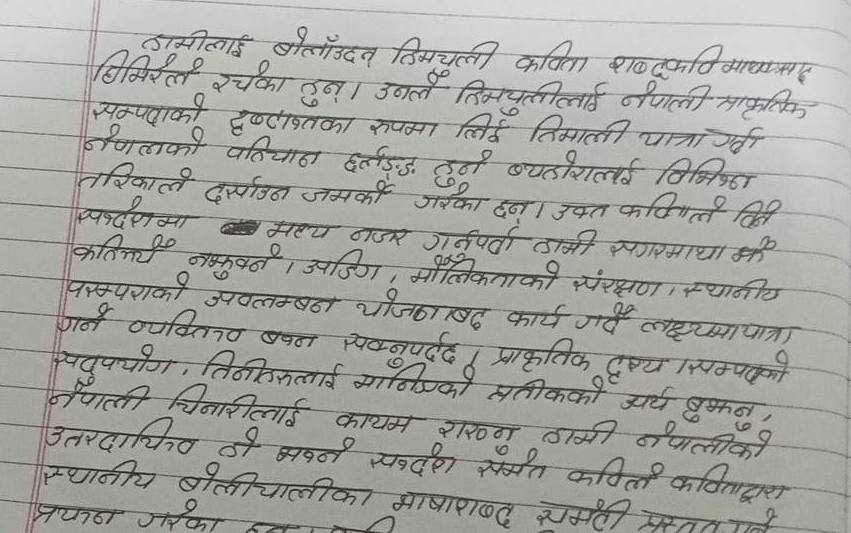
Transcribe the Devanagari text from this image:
हामीलाई बोलाउँदन हिमचुली कविता शक्दुत्ति माथ्यसाह
घिमिरेले रचेका हुन् । उनले हिमचुलीलाई नेपाली प्राकृतिक
सम्पदाको दृष्टिकोणका रूपमा लिई हिमाली यात्रा गती
नेपालको पहिचान झल्काउने व्यहोरालाई विभिन्न
तरिकाले दर्शाउन जमर्को गरेका छन् । उक्त कविताले दिने
सन्देशमा मुख्य नजर गर्नुपर्छ । हामी सगरमाथा को
कति मूल्य नबुझ्ने । उपिङ्ग, मौलिकताको संरक्षण । स्थानीय
परम्पराको उपलम्बका योजनाबद्ध कार्य गर्दै लक्ष्यमा पाप्त
गर्ने व्यक्तिले बचत सक्नूपर्छ । प्राकृतिक दृश्य सम्पत्तिको
सदुपयोग, तिमीहरुलाई मानिष्को मतीको अर्थ बुझ्न,
नेपाली चिनारीलाई कायम राख्न हामी नेपालीको
उत्तरदायित्व हो भन्ने सन्देश समेत कविता कविताद्वारा
स्थानीय बोलीचालीका भाषाशव्द सुम्ती प्रस्तुत गरे